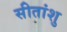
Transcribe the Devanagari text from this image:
सीतांशु